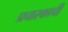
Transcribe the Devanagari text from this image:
प्रचारकाची